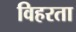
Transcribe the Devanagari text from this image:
विहरता